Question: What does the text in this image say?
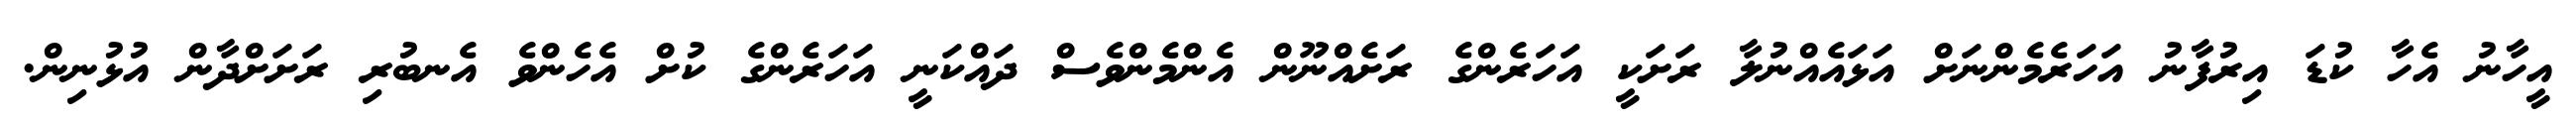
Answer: އީހާނު އެހާ ކުޑަ އިރުފާނު އަހަރެމެންނަށް އަޅައެއްނުލާ ރަށަކީ އަހަރެންގެ ރަށެއްނޫން އެންމެންވެސް ދައްކަނީ އަހަރެންގެ ކުށް އެހެންވެ އެނބުރި ރަށަށްދާން އުޅުނިން.